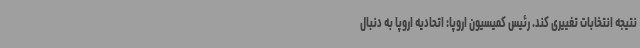
نتیجه انتخابات تغییری کند. رئیس کمیسیون اروپا: اتحادیه اروپا به دنبال